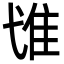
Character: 隿